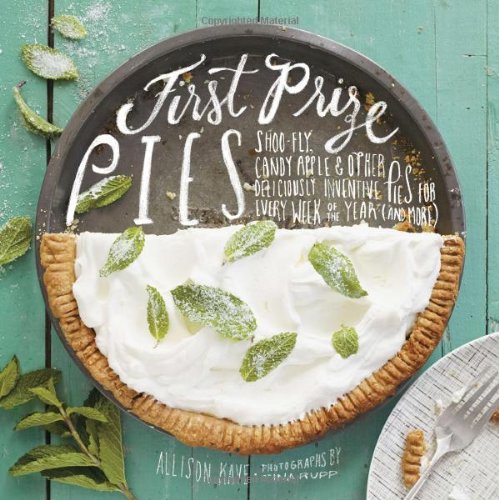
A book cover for First Prize Pies: Shoo-Fly, Candy Apple, and Other Deliciously Inventive Pies for Every Week of the Year (and More); Allison Kave; Cookbooks, Food & Wine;